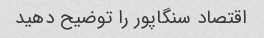
اقتصاد سنگاپور را توضیح دهید